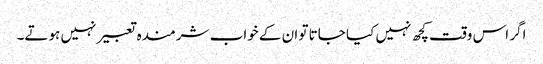
اگر اس وقت کچھ نہیں کیا جاتا تو ان کے خواب شرمندہ تعبیر نہیں ہوتے۔